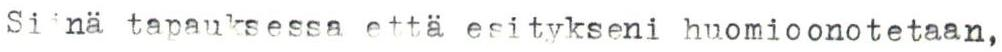
Siinä tapauksessa että esitykseni huomioonotetaan,